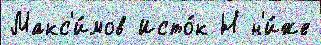
Макс'и́мов Исто́к Н н'и́же